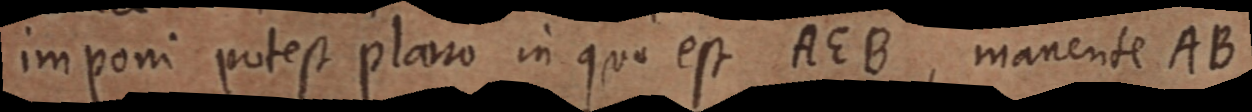
imponi potest plano in quo est AEB, manente AB